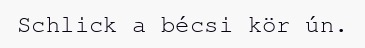
Schlick a bécsi kör ún.